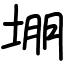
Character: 堋